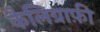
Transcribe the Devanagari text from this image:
कैलिग्राफ़ी